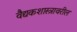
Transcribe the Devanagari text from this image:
वैद्यकशास्त्रावरील